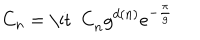
C _ { n } = \mathrm { \it ~ C } _ { n } g ^ { d ( n ) } e ^ { - { \frac { \pi } { g } } }